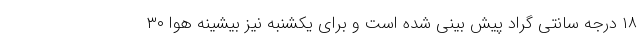
۱۸ درجه سانتی گراد پیش بینی شده است و برای یکشنبه نیز بیشینه هوا ۳۰